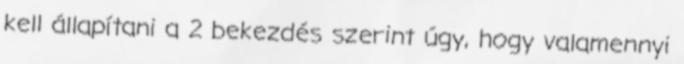
kell állapítani a 2 bekezdés szerint úgy, hogy valamennyi